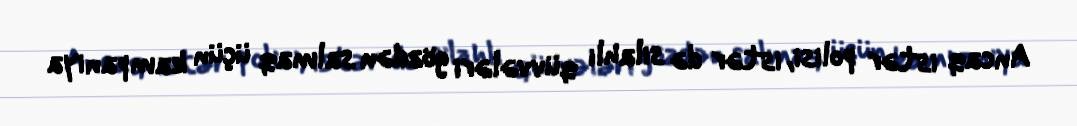
Ancaq istər polisi, istər də silahlı qüvvələri gözdən salmaq üçün kampaniya